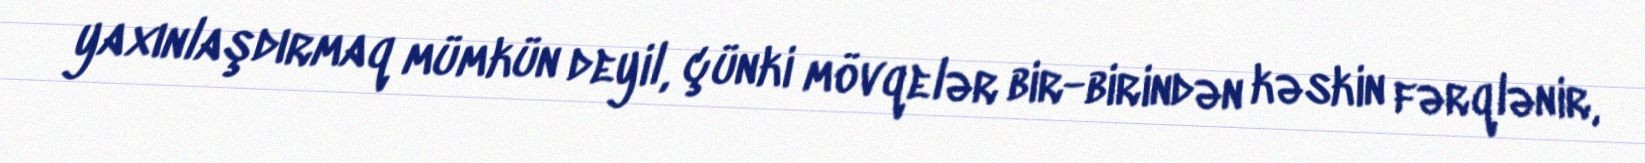
yaxınlaşdırmaq mümkün deyil, çünki mövqelər bir-birindən kəskin fərqlənir,